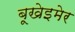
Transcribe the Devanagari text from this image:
बूखेइमेर